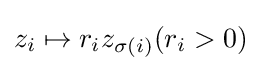
z_{i}\mapsto r_{i}z_{\sigma (i)}(r_{i}>0)